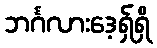
ဘင်္ဂလားဒေ့ရှ်ရှိ